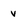
Character: v